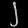
Digit: ၂